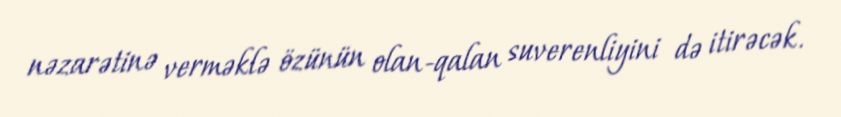
nəzarətinə verməklə özünün olan-qalan suverenliyini də itirəcək.